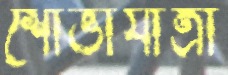
শোভাযাত্রা